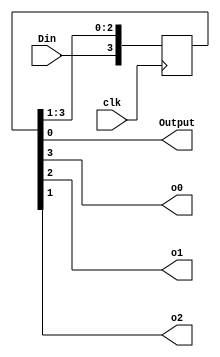
module siso(
    input clk,
    input Din,
    output Output,o0,o1,o2
    );
   
    reg [3:0]Q;

always @ (posedge clk)
begin
Q <= Q >> 1 ;
Q[3] <= Din;
end
assign Output = Q[0];
  assign o2 = Q[1];
  assign o1 = Q[2];
  assign o0 = Q[3];
endmodule